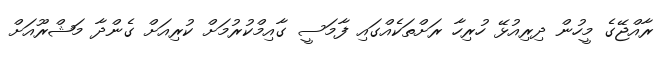
ރާއްޖޭގެ މީހުން ދިރިއުޅޭ ހުރިހާ ރަށްތަކެއްގައި ފާމަސީ ގާއިމްކުރުމަށް ކުރިއަށް ގެންދާ މަޝްރޫއަށް